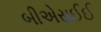
બીએસઈઈ